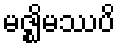
မဇ္ဈိမဿပိ